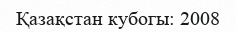
Қазақстан кубогы: 2008